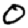
Digit: 0